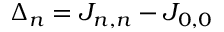
\Delta _ { n } = J _ { n , n } - J _ { 0 , 0 }